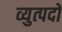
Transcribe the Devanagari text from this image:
व्युत्पदों